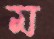
ম